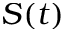
S ( t )